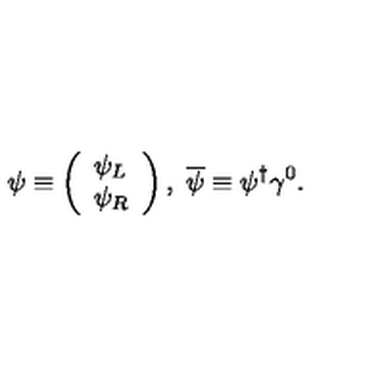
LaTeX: \psi \equiv \left( \begin{array} { l } { \psi _ { L } } \\ { \psi _ { R } } \\ \end{array} \right) , \ \overline { { \psi } } \equiv \psi ^ { \dagger } \gamma ^ { 0 } .